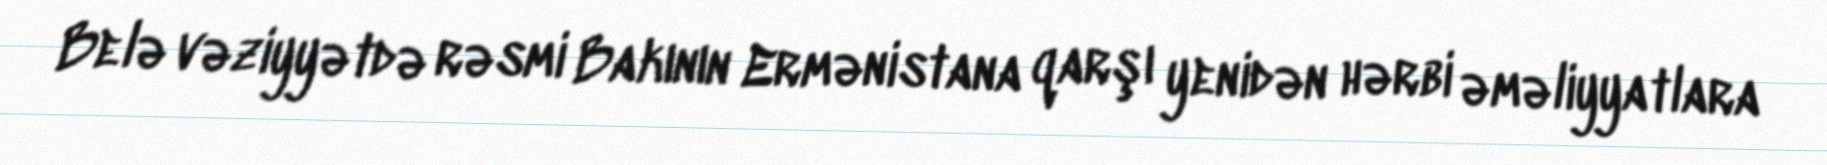
Belə vəziyyətdə rəsmi Bakının Ermənistana qarşı yenidən hərbi əməliyyatlara